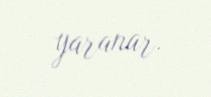
yaranar.